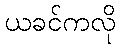
ယခင်ကလို